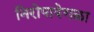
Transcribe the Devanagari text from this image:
निरोपावेगळा